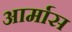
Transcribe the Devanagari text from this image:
आर्मास